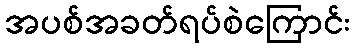
အပစ်အခတ်ရပ်စဲကြောင်း